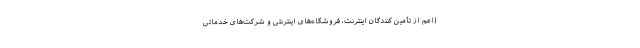
(اعم از تأمین کنندگان اینترنت، فروشگاه‌های اینترنتی و شرکت‌های خدماتی